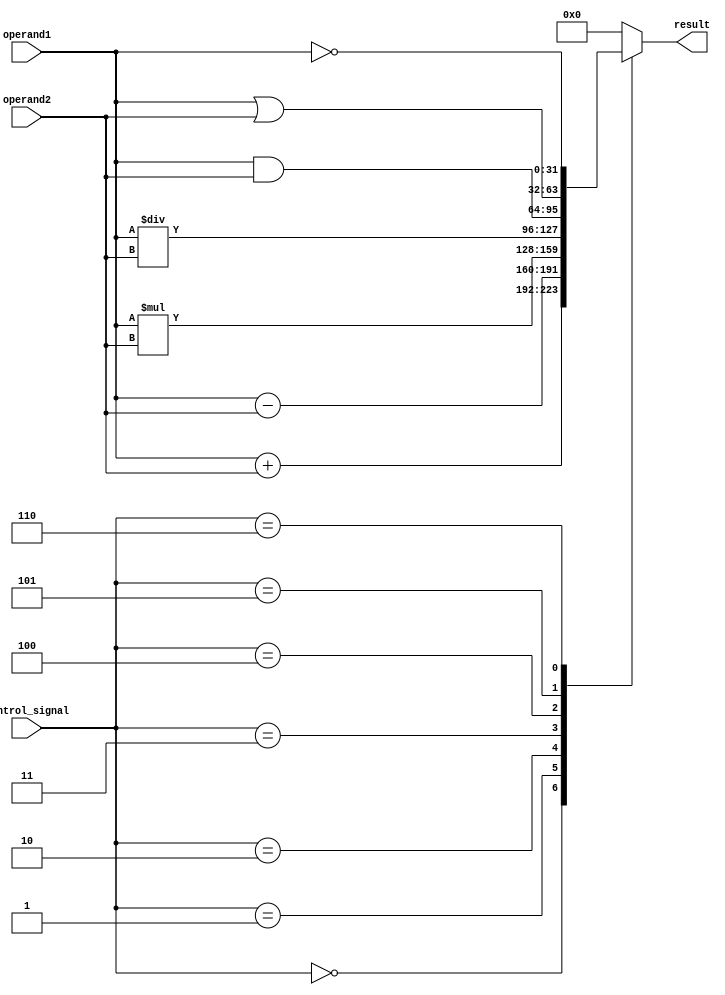
module ALU (
    input [31:0] operand1,
    input [31:0] operand2,
    input [2:0] control_signal,
    output reg [31:0] result
);

always @* begin
    case (control_signal)
        3'b000: result = operand1 + operand2; // addition
        3'b001: result = operand1 - operand2; // subtraction
        3'b010: result = operand1 * operand2; // multiplication
        3'b011: result = operand1 / operand2; // division
        3'b100: result = operand1 & operand2; // AND
        3'b101: result = operand1 | operand2; // OR
        3'b110: result = ~operand1; // NOT
        default: result = 32'b0;
    endcase
end

endmodule